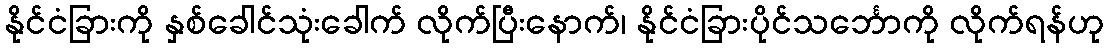
နိုင်ငံခြားကို နှစ်ခေါင်သုံးခေါက် လိုက်ပြီးနောက်၊ နိုင်ငံခြားပိုင်သင်္ဘောကို လိုက်ရန်ဟု